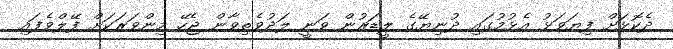
ދެކޮޅަށް ފިޔަވަޅު އެޅުމުގައި ދުނިޔޭގެ ލީޑަރުން ވަނީ ލަދުވެތިވާން ޖެހޭ މިންވަރަކަށް ފޭލްވެފައި